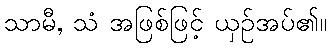
သာမီ, သံ အဖြစ်ဖြင့် ယှဉ်အပ်၏။